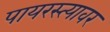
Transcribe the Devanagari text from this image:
पायरस्त्यावर